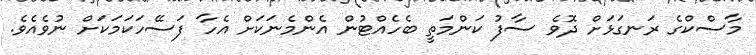
މާސްކްގެ ރަނގަޅަށް ދޮވެ ސާފު ކަންމަތީ ބެހެއްޓުން އެންމެނަކަށް އެހާ ފަސޭހަކަމަކަށް ނުވެއެވެ.